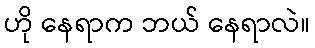
ဟို နေရာက ဘယ် နေရာလဲ။